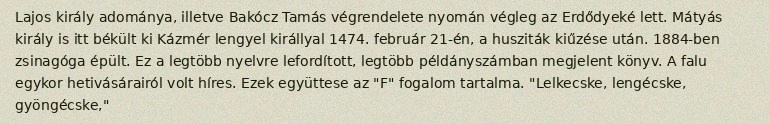
Lajos király adománya, illetve Bakócz Tamás végrendelete nyomán végleg az Erdődyeké lett. Mátyás király is itt békült ki Kázmér lengyel királlyal 1474. február 21-én, a husziták kiűzése után. 1884-ben zsinagóga épült. Ez a legtöbb nyelvre lefordított, legtöbb példányszámban megjelent könyv. A falu egykor hetivásárairól volt híres. Ezek együttese az "F" fogalom tartalma. "Lelkecske, lengécske, gyöngécske,"